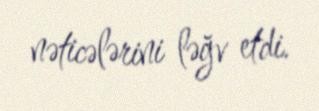
nəticələrini ləğv etdi.